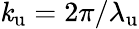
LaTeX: {\mathit{k}_{\mathrm{{u}}}}=2\pi/{\lambda_{\mathrm{{u}}}}